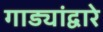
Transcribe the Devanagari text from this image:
गाड्यांद्वारे